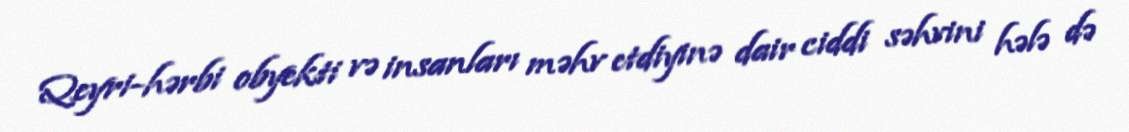
Qeyri-hərbi obyekti və insanları məhv etdiyinə dair ciddi səhvini hələ də